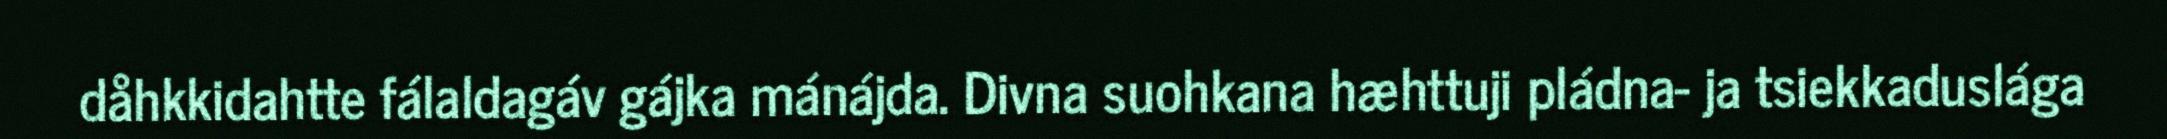
dåhkkidahtte fálaldagáv gájka mánájda. Divna suohkana hæhttuji pládna- ja tsiekkaduslága